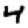
Digit: 4